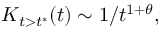
K _ { t > t ^ { * } } ( t ) \sim 1 / t ^ { 1 + \theta } ,